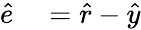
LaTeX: \begin{array}{rl}{\hat{e}}&{{}=\hat{r}-\hat{y}}\end{array}